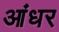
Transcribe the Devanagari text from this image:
आंधर